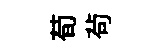
荀茍